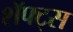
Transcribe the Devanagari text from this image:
शॅफ्ट्स